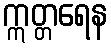
ဣတ္တရေန